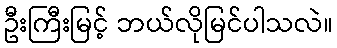
ဦးကြီးမြင့် ဘယ်လိုမြင်ပါသလဲ။